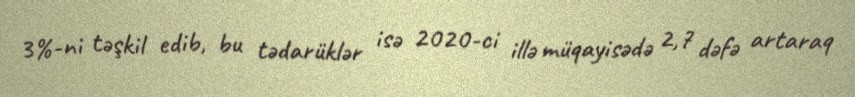
3%-ni təşkil edib, bu tədarüklər isə 2020-ci illə müqayisədə 2,7 dəfə artaraq